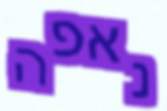
נאפה